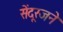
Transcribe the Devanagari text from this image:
सेंदूरजने